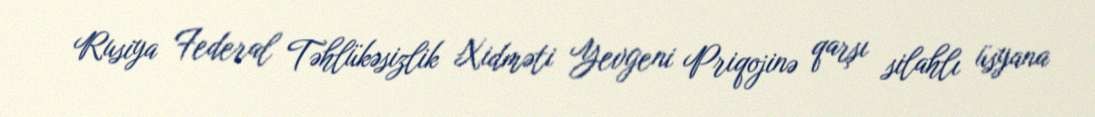
Rusiya Federal Təhlükəsizlik Xidməti Yevgeni Priqojinə qarşı silahlı üsyana